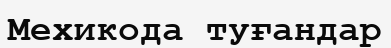
Мехикода туғандар